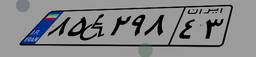
۸۵W۲۹۸۴۳